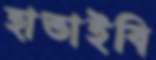
হাতাইবি